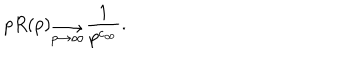
p R ( p ) _ { \stackrel { \displaystyle \longrightarrow } { p \rightarrow \infty } } { \frac { 1 } { p ^ { c _ { \infty } } } } .